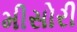
મીસોરી